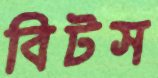
বিটস